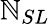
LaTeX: \mathbb{N}_{SL}